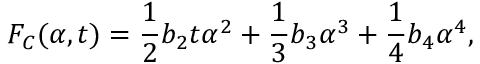
F _ { C } ( \alpha , t ) = \frac { 1 } { 2 } b _ { 2 } t \alpha ^ { 2 } + \frac { 1 } { 3 } b _ { 3 } \alpha ^ { 3 } + \frac { 1 } { 4 } b _ { 4 } \alpha ^ { 4 } ,